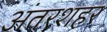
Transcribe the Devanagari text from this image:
अंतरशहर